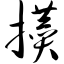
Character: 攒